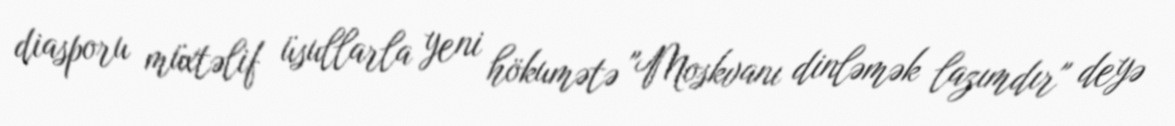
diasporu müxtəlif üsullarla yeni hökumətə "Moskvanı dinləmək lazımdır" deyə